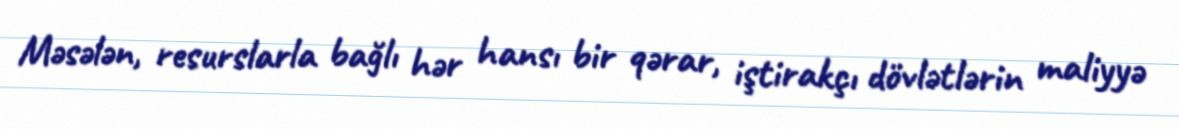
Məsələn, resurslarla bağlı hər hansı bir qərar, iştirakçı dövlətlərin maliyyə